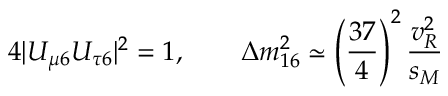
4 | U _ { \mu 6 } U _ { \tau 6 } | ^ { 2 } = 1 , \qquad \Delta m _ { 1 6 } ^ { 2 } \simeq \left( \frac { 3 7 } { 4 } \right) ^ { 2 } \frac { v _ { R } ^ { 2 } } { s _ { M } }